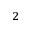
_ 2